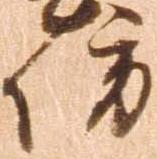
防